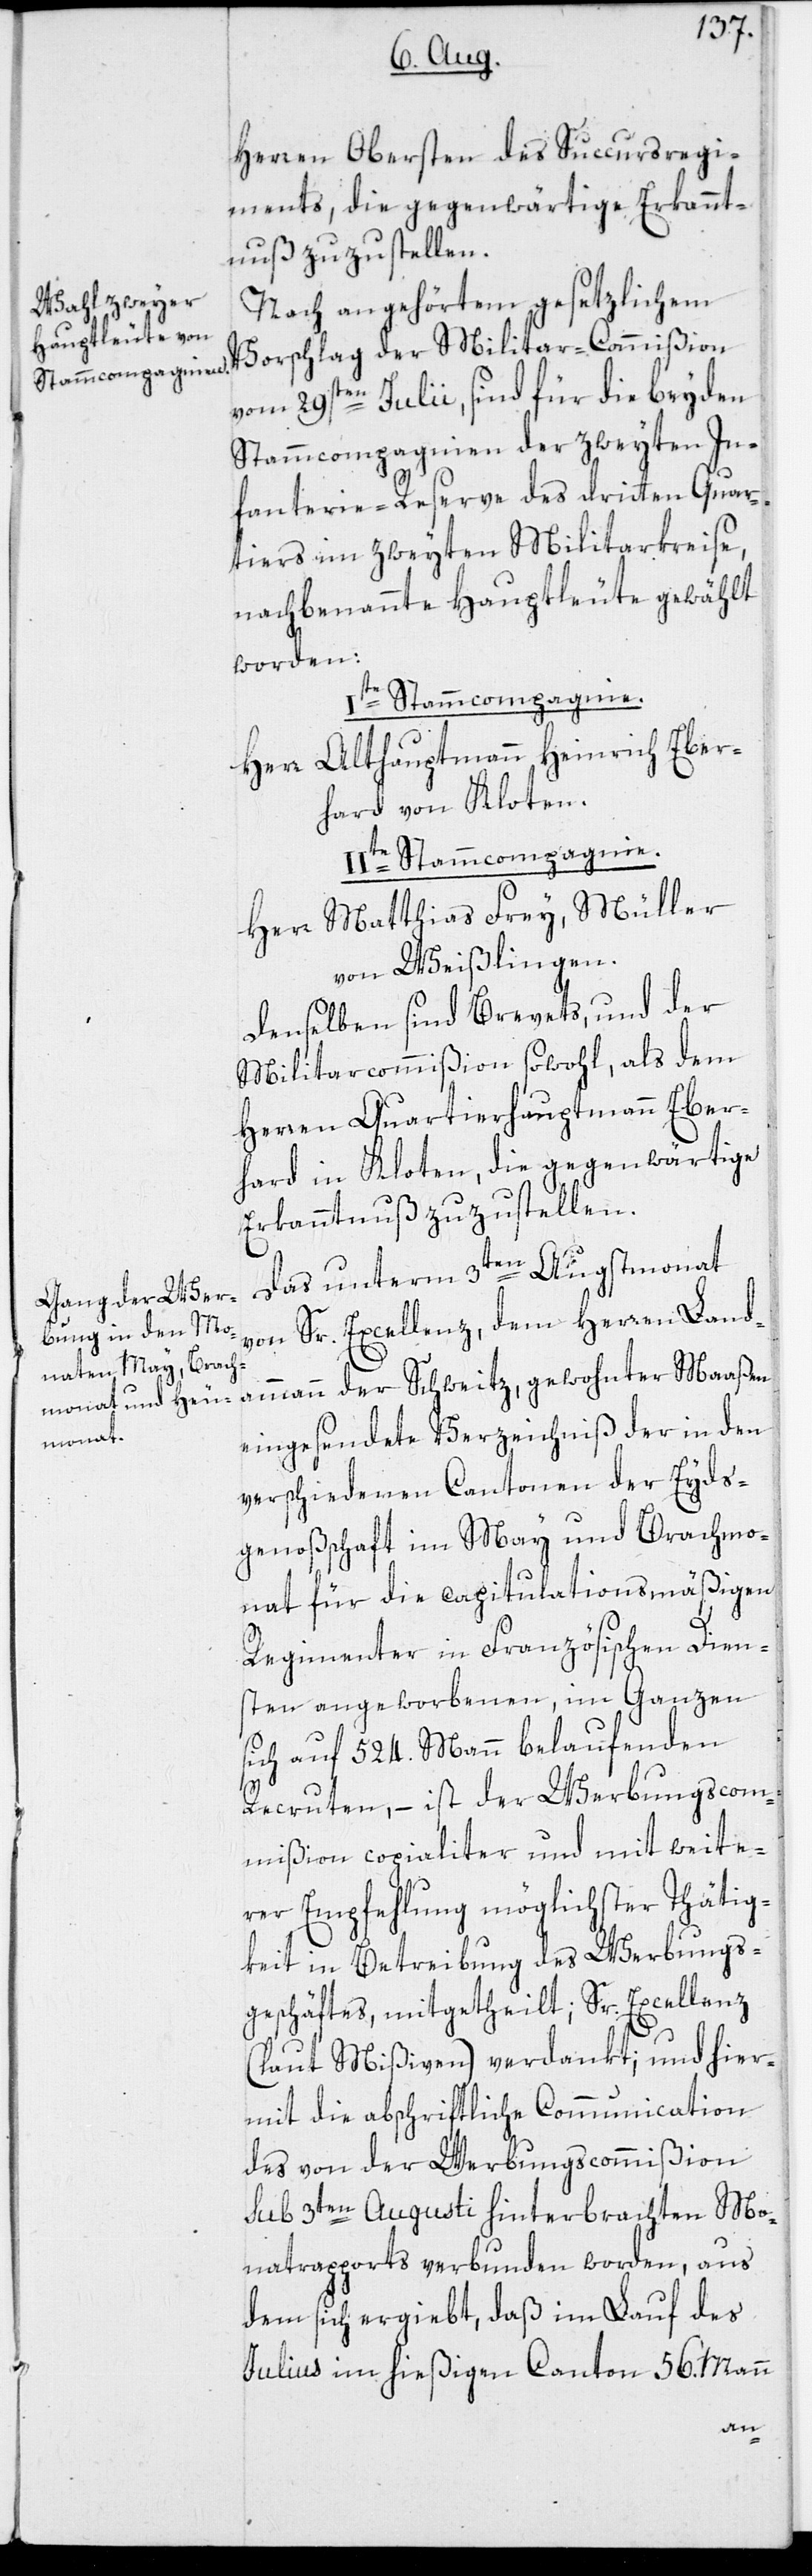
Herren Obersten des Succursregi¬
ments, die gegenwärtige Erkannt¬
nuß zuzustellen.
Nach angehörtem gesetzlichem
Vorschlag der Militar-Commißion
vom 29sten Julii, sind für die beyden
Stammcompagnien der zweyten In¬
fanterie-Reserve des dritten Quar¬
tiers im zweyten Militarkreise,
nachbenannte Hauptleute gewählt
worden:
Iste Stammcompagnie.
Herr Althauptmann Heinrich Eber¬
hard von Kloten.
IIte Stammcompagnie.
Herr Matthias Frey, Müller
von Weißlingen.
Denselben sind Brevets, und der
Militarcommißion sowohl, als dem
Herren Quartierhauptmann Eber¬
hard in Kloten, die gegenwärtige
Erkanntnuß zuzustellen.
Das unterm 3ten Augstmonat
von Sr. Excellenz, dem Herren Land¬
ammann der Schweitz, gewohnter Maaßen
eingesendete Verzeichniß der in den
verschiedenen Cantonen der Eyds¬
genoßschaft im May und Brachmo¬
nat für die capitulationsmäßigen
Regimenter in Französischen Dien¬
sten angeworbenen, im Ganzen
sich auf 524. Mann belaufenden
Recruten, – ist der Werbungscom¬
mißion copialiter und mit weite¬
rer Empfehlung möglichster Thätig¬
keit in Betreibung des Werbungs¬
geschäftes, mitgetheilt; Sr. Excellenz
(laut Mißiven) verdankt; und hier¬
mit die abschriftliche Communication
des von der Werbungscommißion
sub 3ten Augusti hinterbrachten Mo¬
natrapports verbunden worden, aus
dem sich ergiebt, daß im Lauf des
Julius im hießigen Canton 56. Mann